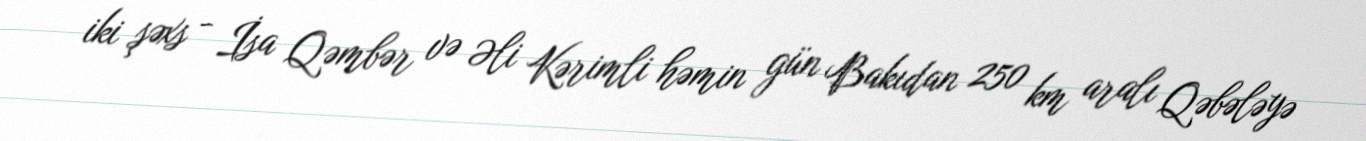
iki şəxs - İsa Qəmbər və Əli Kərimli həmin gün Bakıdan 250 km aralı Qəbələyə